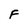
Character: F